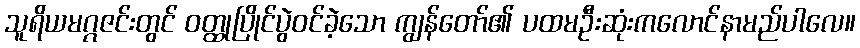
သူရိယမဂ္ဂဇင်းတွင် ဝတ္ထုပြိုင်ပွဲဝင်ခဲ့သော ကျွန်တော်၏ ပထမဦးဆုံးကလောင်နာမည်ပါလေ။